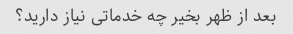
بعد از ظهر بخیر چه خدماتی نیاز دارید؟